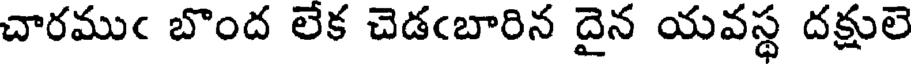
చారముఁ బొంద లేక చెడఁబారిన దైన యవస్థ దక్షులె